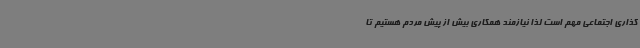
گذاری اجتماعی مهم است لذا نیازمند همکاری بیش از پیش مردم هستیم تا